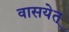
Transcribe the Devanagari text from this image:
वासयेत्